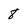
Character: 8